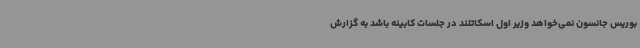
بوریس جانسون نمی‌خواهد وزیر اول اسکاتلند در جلسات کابینه باشد به گزارش